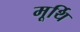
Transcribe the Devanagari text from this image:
मूर्थि